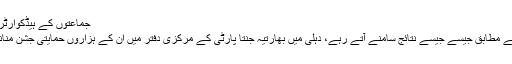
جماعتوں کے ہیڈکوارٹرز میں کیا صورتحال رہی
نامہ نگار نتن شریواستو کے مطابق جیسے جیسے نتائج سامنے آتے رہے، دہلی میں بھارتیہ جنتا پارٹی کے مرکزی دفتر میں ان کے ہزاروں حمایتی جشن منانے کے لیے جمع ہو گئے۔